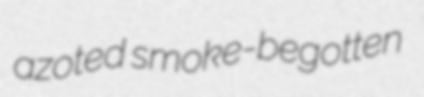
azoted smoke-begotten